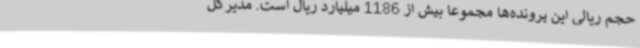
حجم ریالی این پرونده‌ها مجموعا بیش از 1186 میلیارد ریال است. مدیرکل